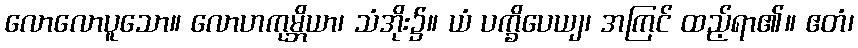
လောလောပူသော။ လောဟကုမ္ဘိယာ၊ သံအိုး၌။ ယံ ပက္ခိပေယျ၊ အကြင် ထည့်ရာ၏။ ဧတံ၊